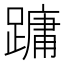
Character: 𮜑